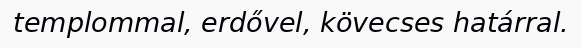
templommal, erdővel, kövecses határral.